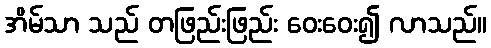
အိမ်သာ သည် တဖြည်းဖြည်း ဝေးဝေး၍ လာသည်။